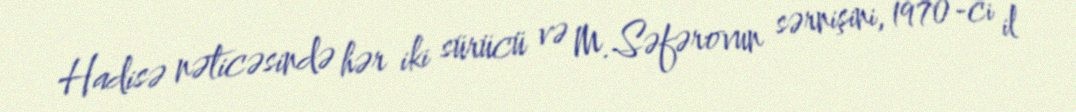
Hadisə nəticəsində hər iki sürücü və M.Səfərovun sərnişini, 1970-ci il